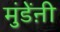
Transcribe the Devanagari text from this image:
मुंडेंऩी